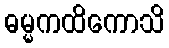
ဓမ္မကထိကောသိ